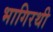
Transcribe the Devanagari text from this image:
भागिरथी